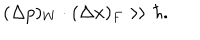
( \Delta p ) _ { W } \cdot ( \Delta x ) _ { F } \gg \hbar .